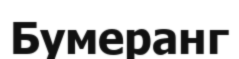
Бумеранг